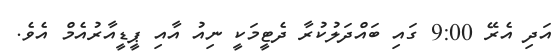
އަދި އެރޭ 9:00 ގައި ބައްދަލުކުރާ ދެޓީމަކީ ނިއު އާއި ޕީޑީއާރުއެމް އެވެ.